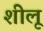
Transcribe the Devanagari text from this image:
शीलू